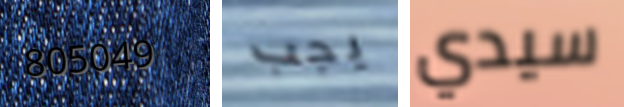
805049 يجب سيدي